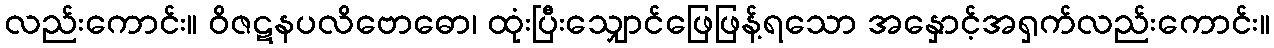
လည်းကောင်း။ ဝိဇဋနပလိဗောဓော၊ ထုံးပြီးသျှောင်ဖြေဖြန့်ရသော အနှောင့်အရှက်လည်းကောင်း။